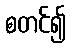
စတင်၍